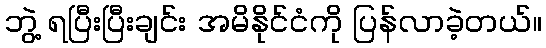
ဘွဲ့ ရပြီးပြီးချင်း အမိနိုင်ငံကို ပြန်လာခဲ့တယ်။